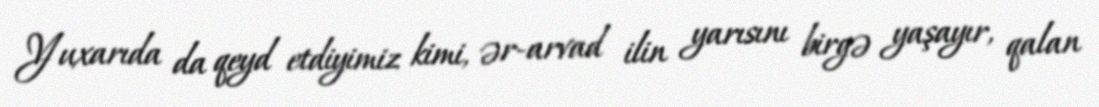
Yuxarıda da qeyd etdiyimiz kimi, ər-arvad ilin yarısını birgə yaşayır, qalan